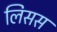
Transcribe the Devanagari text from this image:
लिसस